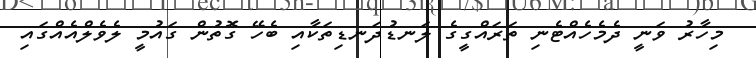
މިހާރު ވަނީ ދެމެހެއްޓެނި ތަރައްގީގެ ލަނޑުދަނޑިތަކާއި ބެހޭ ގޮތުން ގައުމީ ލެވެލްއެއްގައި